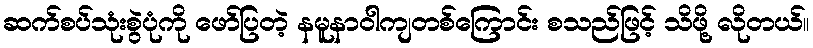
ဆက်စပ်သုံးစွဲပုံကို ဖော်ပြတဲ့ နမူနာဝါကျတစ်ကြောင်း စသည်ဖြင့် သိဖို့ လိုတယ်။